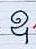
ឧ